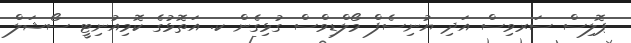
ޕޮލިސް ސަރވިސް އަދި ޔުނިސެފް މޯލްޑިވްސް ގުޅިގެން ކ. އަތޮޅުގެ ކޮމިއުނިޓީ ސޯޝަލް